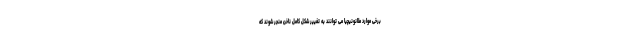
برخی موارد ملانونیچیا می توانند به تغییر شکل کامل ناخن منجر شوند که